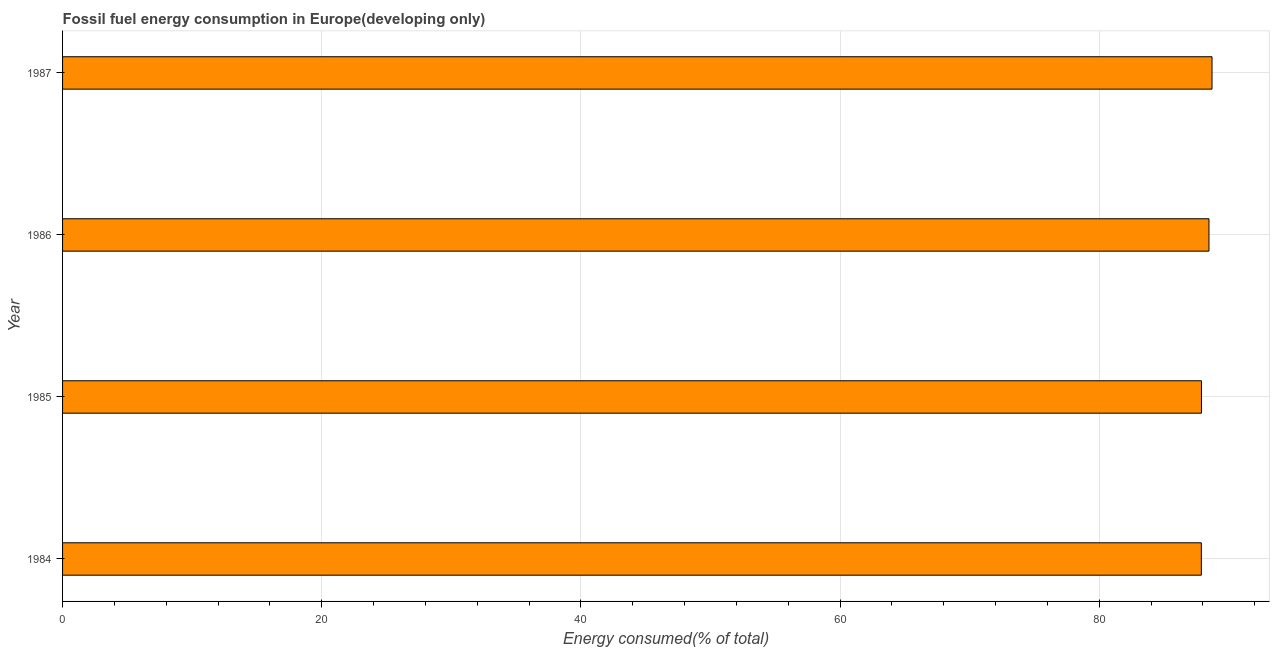
| Year | Fossil fuel energy consumption (% of total) |
 | --- | --- |
 | 1984 | 87.9 |
 | 1985 | 87.9 |
 | 1986 | 88.5 |
 | 1987 | 88.7 |